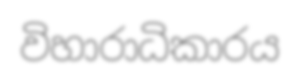
විහාරාධිකාරය